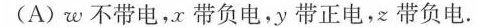
(A)w不带电，x带负电，y带正电，z带负电